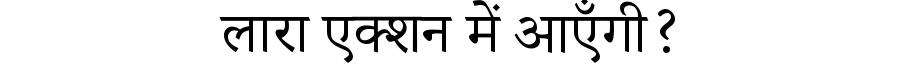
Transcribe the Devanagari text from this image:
लारा एक्शन में आएँगी?